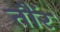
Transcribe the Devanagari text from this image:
तौंर